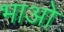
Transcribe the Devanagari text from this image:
भाओ